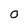
Character: 0